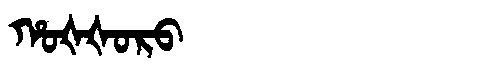
Manchu: ᡥᠣᡧᡧᠣᡵᠣ
Romanization: HOŠŠORO